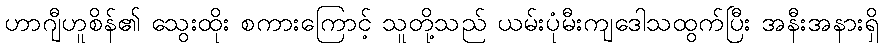
ဟာဂျီဟူစိန်၏ သွေးထိုး စကားကြောင့် သူတို့သည် ယမ်းပုံမီးကျဒေါသထွက်ပြီး အနီးအနားရှိ